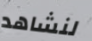
لنشاهد